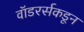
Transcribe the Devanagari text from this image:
वॉडरर्सकडून